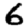
Digit: 6